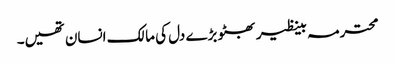
محترمہ بینظیر بھٹو بڑے دل کی مالک انسان تھیں۔